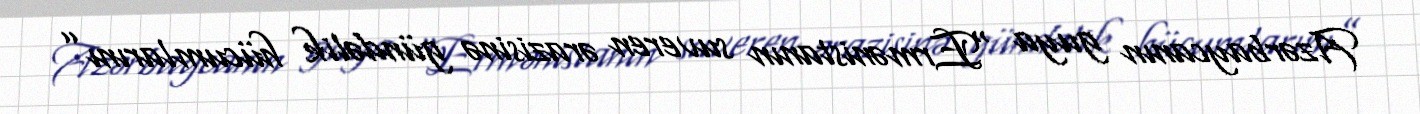
Azərbaycanın guya “Ermənistanın suveren ərazisinə gündəlik hücumlarını”